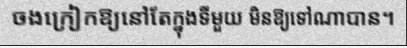
ចងក្រៀកឱ្យនៅតែក្នុងទីមួយ មិនឱ្យទៅណាបាន។